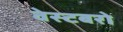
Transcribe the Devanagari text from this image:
वेस्टबरो